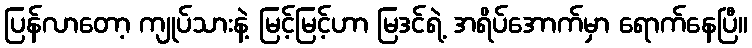
ပြန်လာတော့ ကျုပ်သားနဲ့ မြင့်မြင့်ဟာ မြဒင်ရဲ့ အရိပ်အောက်မှာ ရောက်နေပြီ။